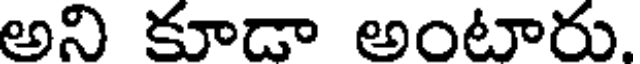
అని కూడా అంటారు.